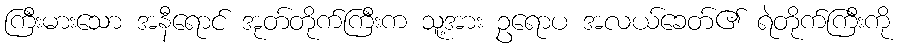
ကြီးမားသော အနီရောင် အုတ်တိုက်ကြီးက သူ့အား ဥရောပ အလယ်ခေတ်၏ ရဲတိုက်ကြီးကို